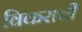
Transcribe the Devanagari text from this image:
विकराची